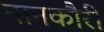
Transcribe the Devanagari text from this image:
नानकौरी